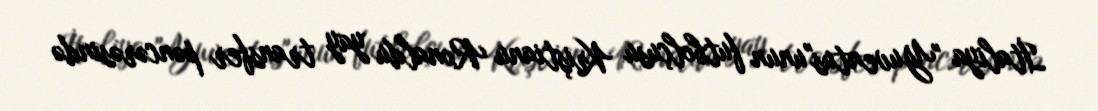
İtaliya "Yuventus"unun futbolçusu Kriştianu Ronaldu yay transfer pəncərəsində